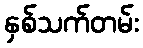
နှစ်သက်တမ်း